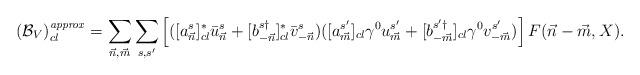
LaTeX: \begin{align*}({\cal B}_V)^{\it{approx}}_{cl} = \sum_{{\vec n},{\vec m}} \sum_{s,s'} \left[([a^{s}_{\vec n}]^*_{cl} \bar{u}^s_{\vec n} +[b^{s\dagger}_{-{\vec n}}]^*_{cl} \bar{v}^s_{-{\vec n}})([a^{s'}_{\vec m}]_{cl}\gamma^0 u^{s'}_{\vec m} +[b^{s'\dagger}_{-{\vec m}}]_{cl}\gamma^0 v^{s'}_{-{\vec m}})\right]F({\vec n}-{\vec m},X).\end{align*}